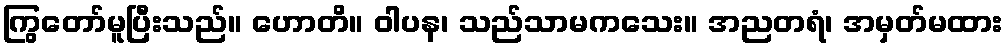
ကြွတော်မူပြီးသည်။ ဟောတိ။ ဝါပန၊ သည်သာမကသေး။ အညတရံ၊ အမှတ်မထား